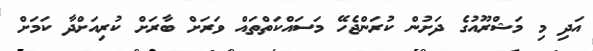
އަދި މި މަޝްރޫއުގެ ދަށުން ކުރަންޖެހޭ މަސައްކަތްތައް ވަރަށް ބާރަށް ކުރިއަށްދާ ކަމަށް